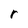
Character: r